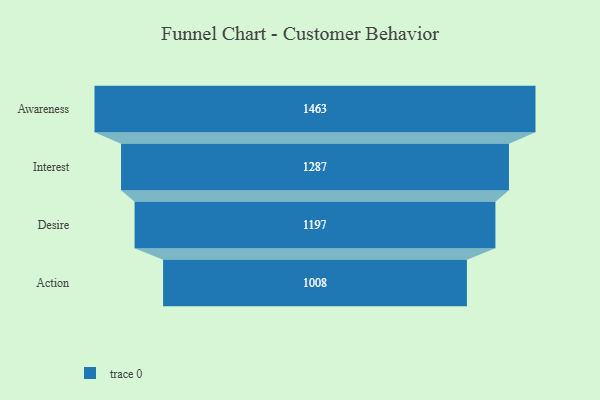
{"axis": {"x": "Stage", "y": "Value"}, "legend": [""], "data": [{"x": "Awareness", "y": 1463.0, "type": ""}, {"x": "Interest", "y": 1287.0, "type": ""}, {"x": "Desire", "y": 1197.0, "type": ""}, {"x": "Action", "y": 1008.0, "type": ""}]}